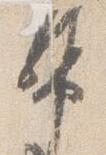
幣